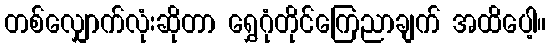
တစ်လျှောက်လုံးဆိုတာ ရွှေဂုံတိုင်ကြေညာချက် အထိပေါ့။